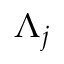
\Lambda _ { j }